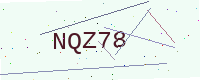
Text: NQZ78